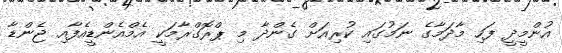
އުންމީދީ ފަހި މާދަމާގެ ނަމުގައި ކުރިއަށް ގެންދާ މި ޕްރޮގްރާމަކީ އެމްއެންޑީއެފާއި ޖެންޑާ